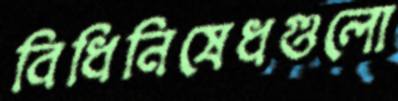
বিধিনিষেধগুলো